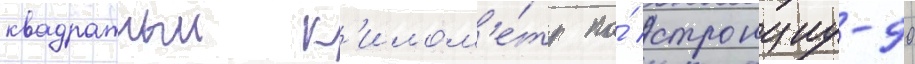
квадратныи к'илом'е́тр по́ стронциу-90